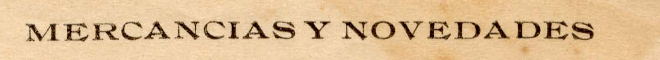
MERCANCIAS Y NOVEDADES